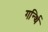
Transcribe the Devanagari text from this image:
गर्न्थि